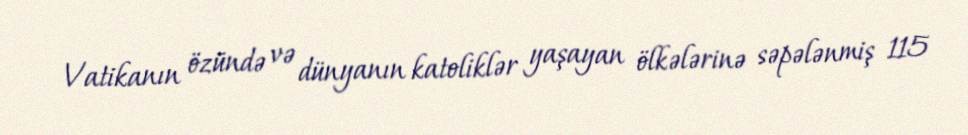
Vatikanın özündə və dünyanın katoliklər yaşayan ölkələrinə səpələnmiş 115